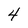
Character: 4